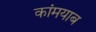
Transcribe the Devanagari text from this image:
कांमयाब